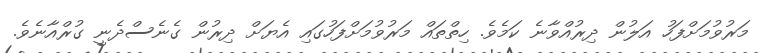
މަރުވުމަށްފަހު އަލުން ދިރުއްވާނެ ކަމެވެ. ހިތްތައް މަރުވުމަށްފަހުގައި އެޔަށް ދިރުން ގެނެސްދެނީ ގުރްއާނެވެ.